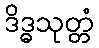
ဒိဒ္ဓသုတ္တံ